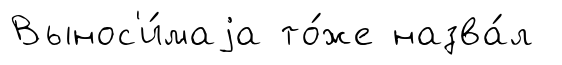
Вынос'и́маjа то́же назва́л